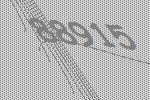
88915